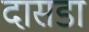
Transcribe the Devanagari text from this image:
दासडा